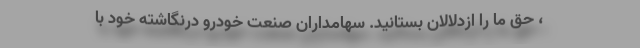
، حق ما را ازدلالان بستانید. سهامداران صنعت خودرو درنگاشته خود با